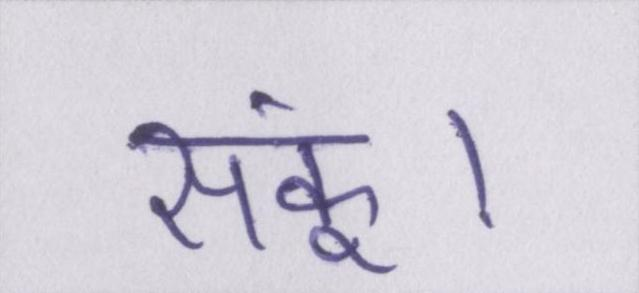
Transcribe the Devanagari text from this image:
सकूं।